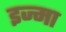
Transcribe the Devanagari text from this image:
इज्मा